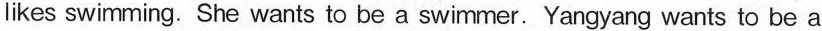
likes swimming. She wants to be a swimmer. Yangyang wants to be a